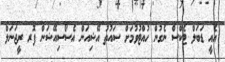
އެއީ ޑަބަލް ޓެކްސް ނެގުން ހުއްޓުވުމަށް ސައުތު އޭޝިއަން އެސޯސިއޭޝަން ފޮރ ރީޖަނަލް